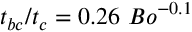
{ t _ { b c } / t _ { c } = 0 . 2 6 ~ B o ^ { - 0 . 1 } }